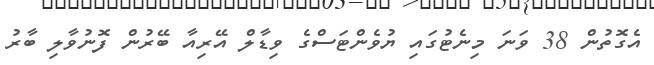
އެގޮތުން 38 ވަނަ މިނެޓުގައި ޔުވެންޓަސްގެ ވިޑާލް އޭރިއާ ބޭރުން ފޮނުވާލި ބާރު